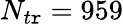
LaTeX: N_{t\mathtt{r}}=959